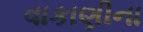
વાકાણીના